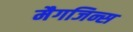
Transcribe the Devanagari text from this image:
मैगजिन्स